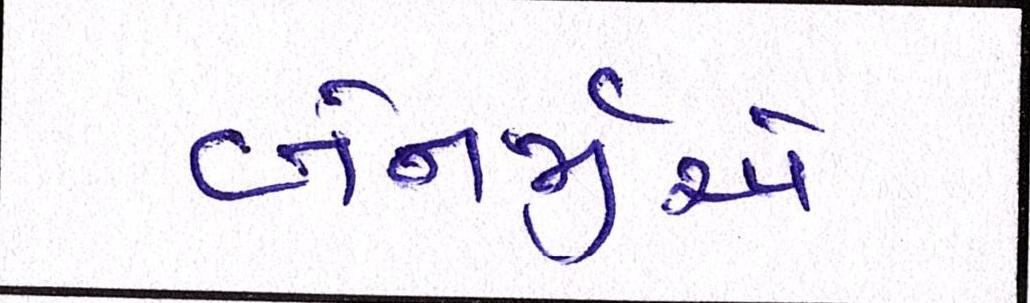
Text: બેનર્જીએ